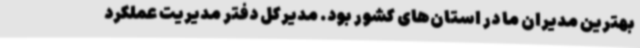
بهترین مدیران ما در استان‌های کشور بود. مدیرکل دفتر مدیریت عملکرد